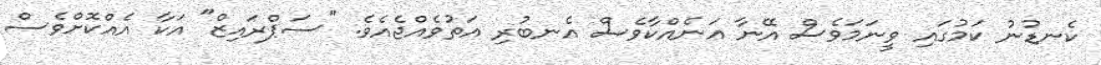
ކެނޑުނު ކަމުގައި ވީނަމަވެސް އޭނާ އަނެއްކާވެސް އެނބުރި އަތުވެއްޖެއެވެ. "ސަޕްރައިޒް" އަކާ އެއްކޮށްވެސް